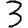
Digit: 3